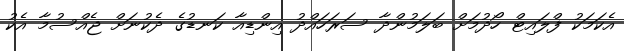
އެކަމަކު ފްލައިޓް ހޯދުމަށް ބަލަމުންދާ ސަރަހައްދު އިންޑިއާ ކަނޑުގެ ދެކުނަށް ޖެއްސުމާ އެކު